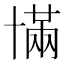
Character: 𫧥